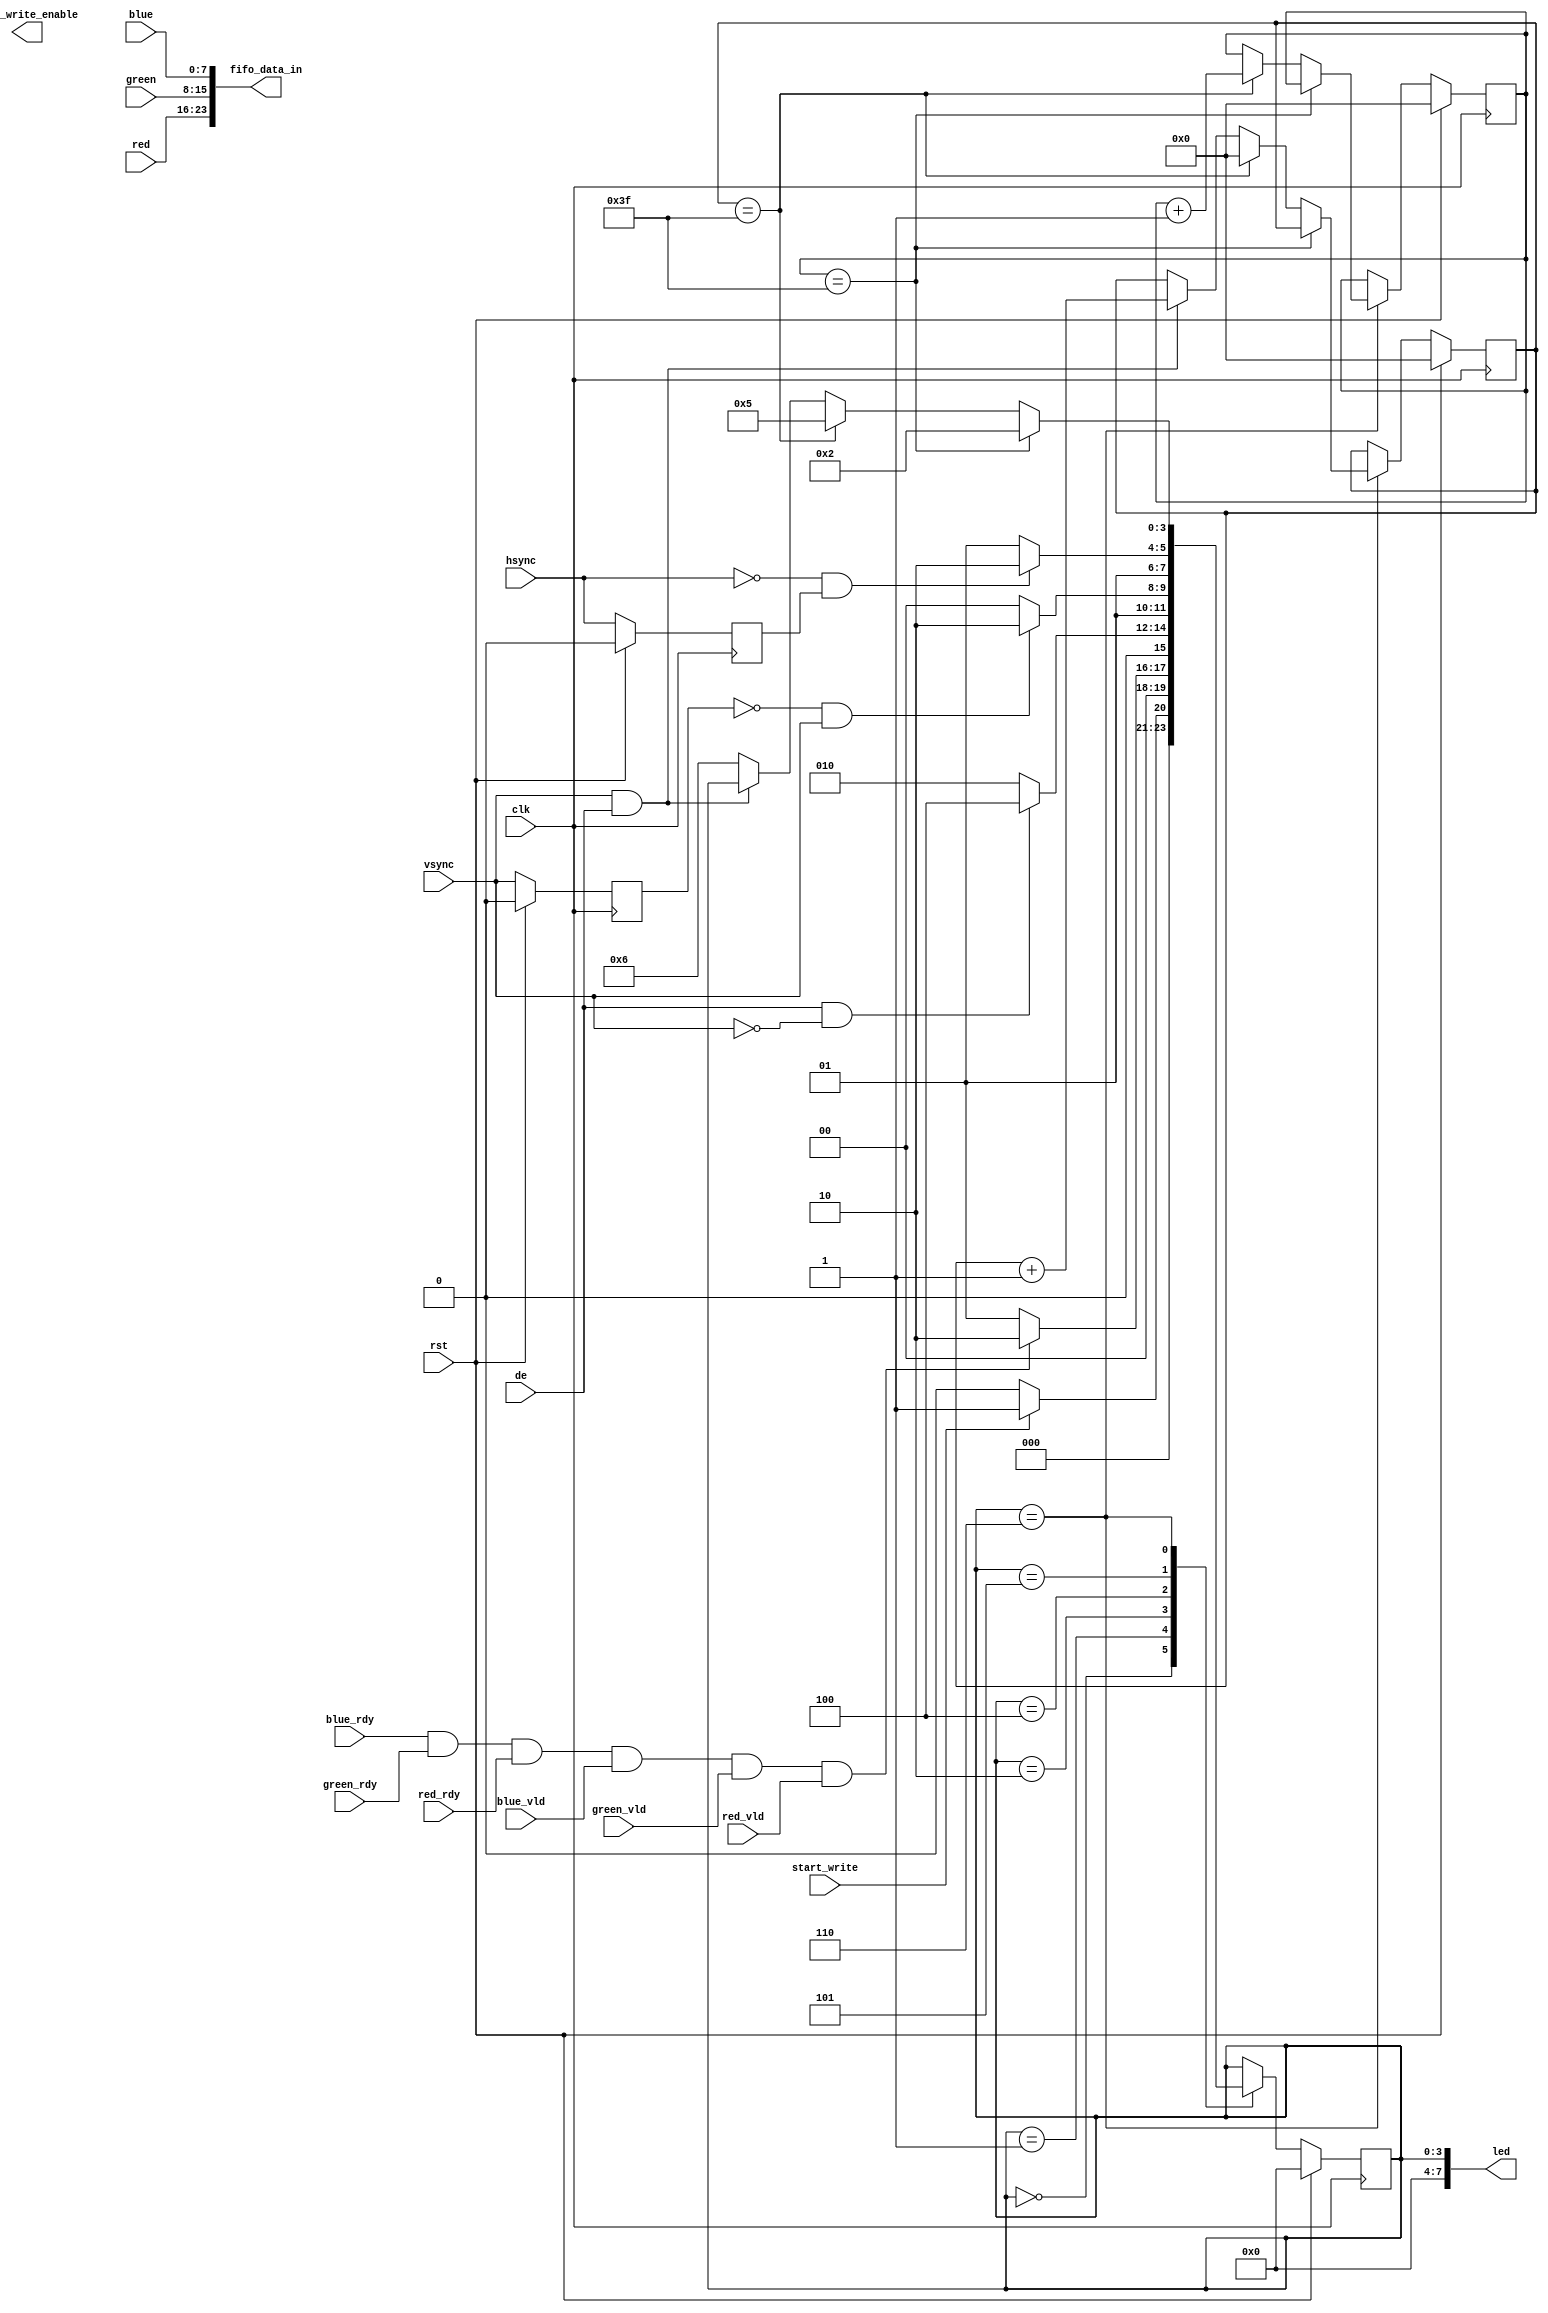
/*

Copyright (c) 2021 Alex Pahmutov

Permission is hereby granted, free of charge, to any person obtaining a copy
of this software and associated documentation files (the "Software"), to deal
in the Software without restriction, including without limitation the rights
to use, copy, modify, merge, publish, distribute, sublicense, and/or sell
copies of the Software, and to permit persons to whom the Software is
furnished to do so, subject to the following conditions:

The above copyright notice and this permission notice shall be included in
all copies or substantial portions of the Software.

THE SOFTWARE IS PROVIDED "AS IS", WITHOUT WARRANTY OF ANY KIND, EXPRESS OR
IMPLIED, INCLUDING BUT NOT LIMITED TO THE WARRANTIES OF MERCHANTABILITY
FITNESS FOR A PARTICULAR PURPOSE AND NONINFRINGEMENT. IN NO EVENT SHALL THE
AUTHORS OR COPYRIGHT HOLDERS BE LIABLE FOR ANY CLAIM, DAMAGES OR OTHER
LIABILITY, WHETHER IN AN ACTION OF CONTRACT, TORT OR OTHERWISE, ARISING FROM,
OUT OF OR IN CONNECTION WITH THE SOFTWARE OR THE USE OR OTHER DEALINGS IN
THE SOFTWARE.

*/

`timescale 1ns / 1ps

module hdmi_rx (
    input   wire rst,          // rx reset
    input   wire clk,           // regenerated pixel clock

    input   wire hsync,          // hsync data
    input   wire vsync,          // vsync data
    input   wire de,             // data enable
  
    input   wire blue_vld,
    input   wire green_vld,
    input   wire red_vld,
    input   wire blue_rdy,
    input   wire green_rdy,
    input   wire red_rdy,

    input   wire [7:0] red,      // pixel data out
    input   wire [7:0] green,    // pixel data out
    input   wire [7:0] blue,

    output  wire [23:0]   fifo_data_in,
    output  wire          fifo_write_enable,

    input   wire          start_write,

    output wire [7:0]     led  
      
);

localparam [3:0]
    STATE_WAIT_COMMAND_START = 4'd0,
    STATE_WAIT_HDMI_READY = 4'd1,
    STATE_WAIT_BEGIN_FRAME = 4'd2,
    STATE_WAIT_VSYNC = 4'd4,
    STATE_WAIT_HSYNC = 4'd5,
    STATE_WAIT_DATA_EN = 4'd6;

wire hdmi_ready;

reg [3:0] state_reg;

reg de_reg;
reg vsync_reg;
reg hsync_reg;

reg         fifo_write_enable_reg;
reg [15:0]  fifo_data_counter_reg;
reg [15:0]  row_count_reg;

assign fifo_data_in = {red, green, blue};
assign hdmi_ready = blue_rdy && green_rdy && red_rdy && blue_vld && green_vld && red_vld;
assign led = state_reg;

always @(posedge clk) begin
    if(rst) begin
        de_reg <= 1'b0;
        vsync_reg <= 1'b0;
        hsync_reg <= 1'b0;
    end else begin
        de_reg <= de;
        vsync_reg <= vsync;
        hsync_reg <= hsync;
    end
end

always @(posedge clk) begin
	if (rst) begin
        state_reg <= STATE_WAIT_COMMAND_START;
        fifo_write_enable_reg <= 1'b0;
        fifo_data_counter_reg <= 'b0;
        row_count_reg <= 'b0;
	end else begin
		case (state_reg)
            STATE_WAIT_COMMAND_START: begin
                if(start_write)
                    state_reg <= STATE_WAIT_HDMI_READY;
                else
                    state_reg <= STATE_WAIT_COMMAND_START;
            end
			STATE_WAIT_HDMI_READY: begin
                if(hdmi_ready)
                    state_reg <= STATE_WAIT_BEGIN_FRAME;
                else
                    state_reg <= STATE_WAIT_HDMI_READY;
			end
            STATE_WAIT_BEGIN_FRAME: begin
                if(de == 1'b1 && vsync == 1'b0) begin
                    state_reg <= STATE_WAIT_VSYNC;
                end else
                    state_reg <= STATE_WAIT_BEGIN_FRAME;
            end
            STATE_WAIT_VSYNC: begin
                if(vsync_reg == 1'b0 && vsync == 1'b1) begin
                    state_reg <= STATE_WAIT_DATA_EN;
                end else 
                    state_reg <= STATE_WAIT_VSYNC;
            end
            STATE_WAIT_HSYNC: begin
                if(hsync == 1'b0 && hsync_reg == 1'b1) begin
                    state_reg <= STATE_WAIT_DATA_EN;
                end else
                    state_reg <= STATE_WAIT_HSYNC;
            end
            STATE_WAIT_DATA_EN: begin
                if(row_count_reg == 'd63) begin
                    state_reg <= STATE_WAIT_BEGIN_FRAME;
                end else begin
                    if(fifo_data_counter_reg == 'd63) begin
                        fifo_write_enable_reg <= 1'b0;
                        fifo_data_counter_reg <= 'b0;
                        row_count_reg <= row_count_reg + 1'b1;
                        state_reg <= STATE_WAIT_HSYNC;
                    end else begin
                        fifo_write_enable_reg <= de;

                        if(vsync == 1'b1 && de == 1'b1) begin
                            fifo_data_counter_reg <= fifo_data_counter_reg + 1'b1;
                        end else 
                            state_reg <= STATE_WAIT_DATA_EN;
                    end
                end
            end
		endcase
	end
end
endmodule